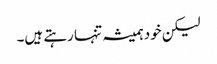
لیکن خود ہمیشہ تنہا رہتے ہیں۔